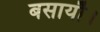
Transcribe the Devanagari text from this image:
बसायौ।